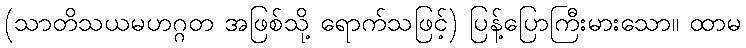
(သာတိသယမဟဂ္ဂတ အဖြစ်သို့ ရောက်သဖြင့်) ပြန့်ပြောကြီးမားသော။ ထာမ